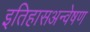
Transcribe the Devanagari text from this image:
इतिहासअन्वेषण